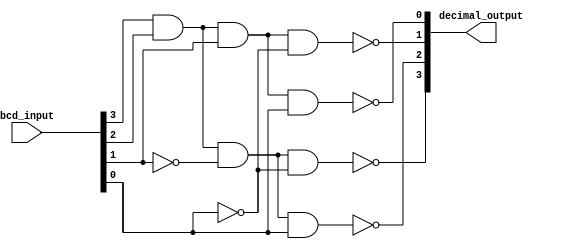
module BCD_decoder(
    input [3:0] bcd_input,
    output [3:0] decimal_output
);

assign decimal_output[0] = ~(bcd_input[3] & bcd_input[2] & bcd_input[1] & bcd_input[0]);
assign decimal_output[1] = ~(bcd_input[3] & bcd_input[2] & bcd_input[1] & ~bcd_input[0]);
assign decimal_output[2] = ~(bcd_input[3] & bcd_input[2] & ~bcd_input[1] & bcd_input[0]);
assign decimal_output[3] = ~(bcd_input[3] & bcd_input[2] & ~bcd_input[1] & ~bcd_input[0]);
assign decimal_output[4] = ~(bcd_input[3] & ~bcd_input[2] & bcd_input[1] & bcd_input[0]);
assign decimal_output[5] = ~(bcd_input[3] & ~bcd_input[2] & bcd_input[1] & ~bcd_input[0]);
assign decimal_output[6] = ~(bcd_input[3] & ~bcd_input[2] & ~bcd_input[1] & bcd_input[0]);
assign decimal_output[7] = ~(bcd_input[3] & ~bcd_input[2] & ~bcd_input[1] & ~bcd_input[0]);
assign decimal_output[8] = ~(~bcd_input[3] & bcd_input[2] & bcd_input[1] & bcd_input[0]);
assign decimal_output[9] = ~(~bcd_input[3] & bcd_input[2] & bcd_input[1] & ~bcd_input[0]);

endmodule